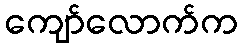
ကျော်လောက်က